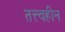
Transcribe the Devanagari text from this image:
तत्त्वहीन